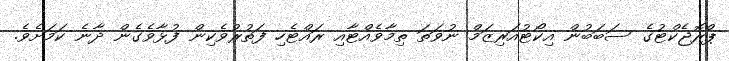
ޕްރޮޖެކްޓުގެ ސަބަބުން އިކޯޓުއަރިޒަމް ނުވަތަ ތިމާވެއްޓާއި ރައްޓެހި ފަތުރުވެކިން ފުޅާވެގެން ދާނެ ކަމަށެވެ.